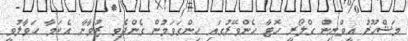
މަޝްހޫރު އީވްނިން ގްލޯރީ ހޮޓާ ހެންވޭރުގައި ހިންގަވަމުން ގެންދެވި ޒުވާނާ އެކަމާ ހަވާލުވީ